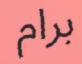
برام